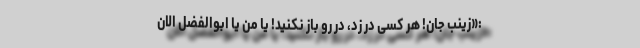
:«زینب جان! هر کسی در زد، در رو باز نکنید! یا من یا ابوالفضل الان